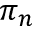
\pi _ { n }